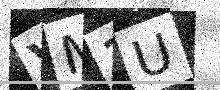
Text: VM3U